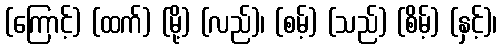
(ကြောင့်) (ထက်) (မို့) (လည်)၊ (စမ့်) (သည်) (စိမ့်) (နှင့်)၊